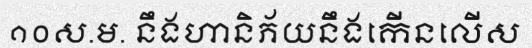
១០ស.ម. នឹងហានិភ័យនឹងកើនលើស